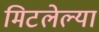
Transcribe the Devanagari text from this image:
मिटलेल्या